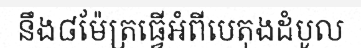
នឹង៨ម៉ែត្រធ្វើអំពីបេតុងដំបូល